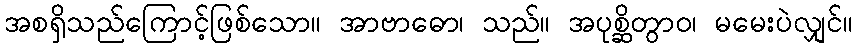
အစရှိသည်ကြောင့်ဖြစ်သော။ အာဗာဓော၊ သည်။ အပုစ္ဆိတွာဝ၊ မမေးပဲလျှင်။